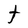
Character: t